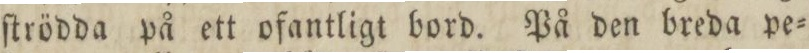
ſtrödda på ett ofantligt bord. På den breda pe=